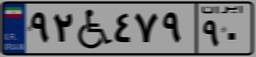
۱۳W۴۲۴۰۰